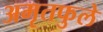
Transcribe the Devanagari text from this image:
अमृतफुले